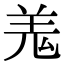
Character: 羗